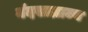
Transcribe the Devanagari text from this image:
नंदसाम्राज्य